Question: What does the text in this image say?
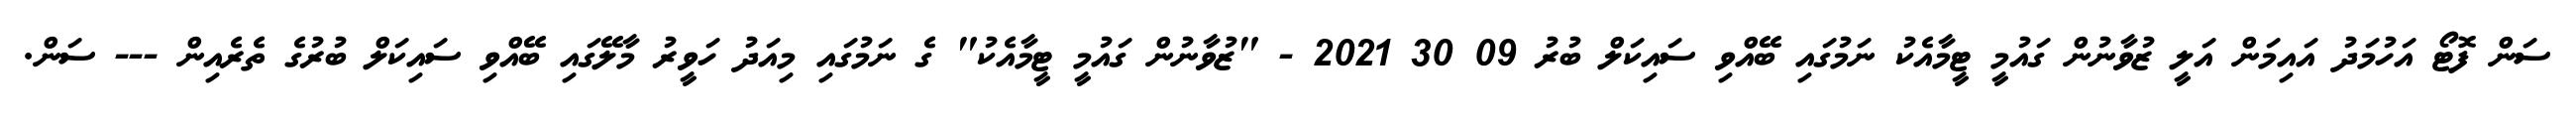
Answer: ސަން ފޮޓޯ އަހުމަދު އައިމަން އަލީ ޒުވާނުން ގައުމީ ޓީމާއެކު ނަމުގައި ބޭއްވި ސައިކަލް ބުރު 09 30 2021 - "ޒުވާނުން ގައުމީ ޓީމާއެކު" ގެ ނަމުގައި މިއަދު ހަވީރު މާލޭގައި ބޭއްވި ސައިކަލް ބުރުގެ ތެރެއިން --- ސަން.